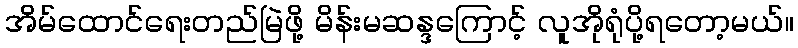
အိမ်ထောင်ရေးတည်မြဲဖို့ မိန်းမဆန္ဒကြောင့် လူအိုရုံပို့ရတော့မယ်။